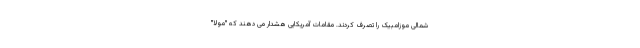
شمالی موزامبیک را تصرف کردند. مقامات آمریکایی هشدار می دهند که "مولا"